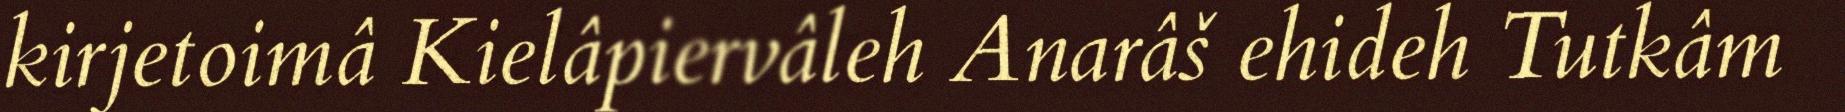
kirjetoimâ Kielâpiervâleh Anarâš ehideh Tutkâm